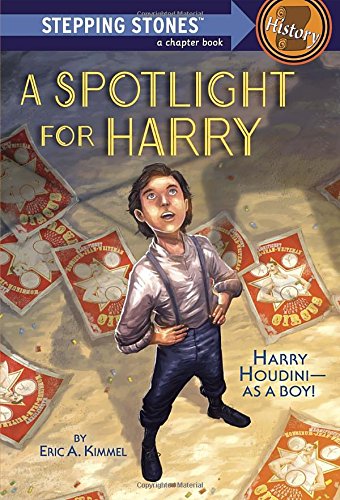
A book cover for A Spotlight for Harry (A Stepping Stone Book(TM)); Eric A. Kimmel; Children's Books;